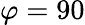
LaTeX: \varphi=90